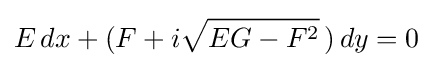
\displaystyle E\,dx+(F+i{\sqrt {EG-F^{2}}}\,)\,dy=0